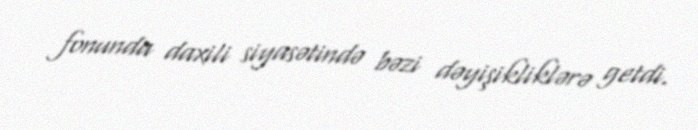
fonunda daxili siyasətində bəzi dəyişikliklərə getdi.